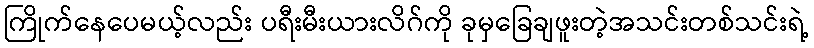
ကြိုက်နေပေမယ့်လည်း ပရီးမီးယားလိဂ်ကို ခုမှခြေချဖူးတဲ့အသင်းတစ်သင်းရဲ့